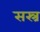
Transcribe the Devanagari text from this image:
सस्त्र